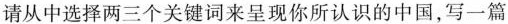
请从中选择两三个关键词来呈现你所认识的中国，写一篇